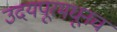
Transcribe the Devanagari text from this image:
उदयपूरमधूनच